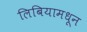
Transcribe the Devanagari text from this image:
लिबियामधून